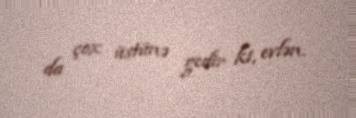
da çox üstünə gedir ki, evlən.